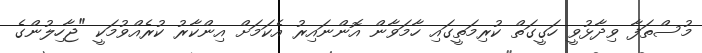
މުސްތަފާ ވިދާޅުވީ ހަގީގަތް ކުރިމަތީގައި ހާމަވާން އޮންނައިރު އެކަމަށް އިންކާރު ކުރެއްވުމަކީ "ޖާހިލުންގެ